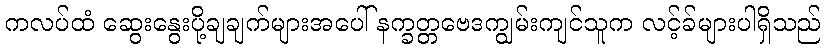
ကလပ်ထံ ဆွေးနွေးပို့ချချက်များအပေါ် နက္ခတ္တဗေဒကျွမ်းကျင်သူက လင့်ခ်များပါရှိသည်